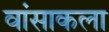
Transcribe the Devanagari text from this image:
वांसाकला